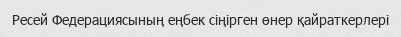
Ресей Федерациясының еңбек сіңірген өнер қайраткерлері